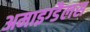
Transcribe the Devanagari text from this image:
अमाइग्डैलस